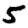
Digit: 5